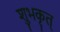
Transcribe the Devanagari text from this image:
शुभकृत्